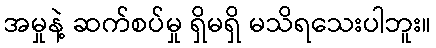
အမှုနဲ့ ဆက်စပ်မှု ရှိမရှိ မသိရသေးပါဘူး။